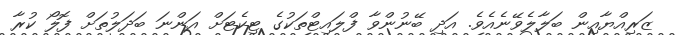
ޒަރިއްޔާއިން ބަލާލެވޭނެއެވެ. އަދި ބޭނުންވާ ފްލައިޓްތަކުގެ ޓިކެޓަށް އަންނަ ބަދަލުތަށް ފޮލޯ ކުރާ